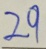
2 9